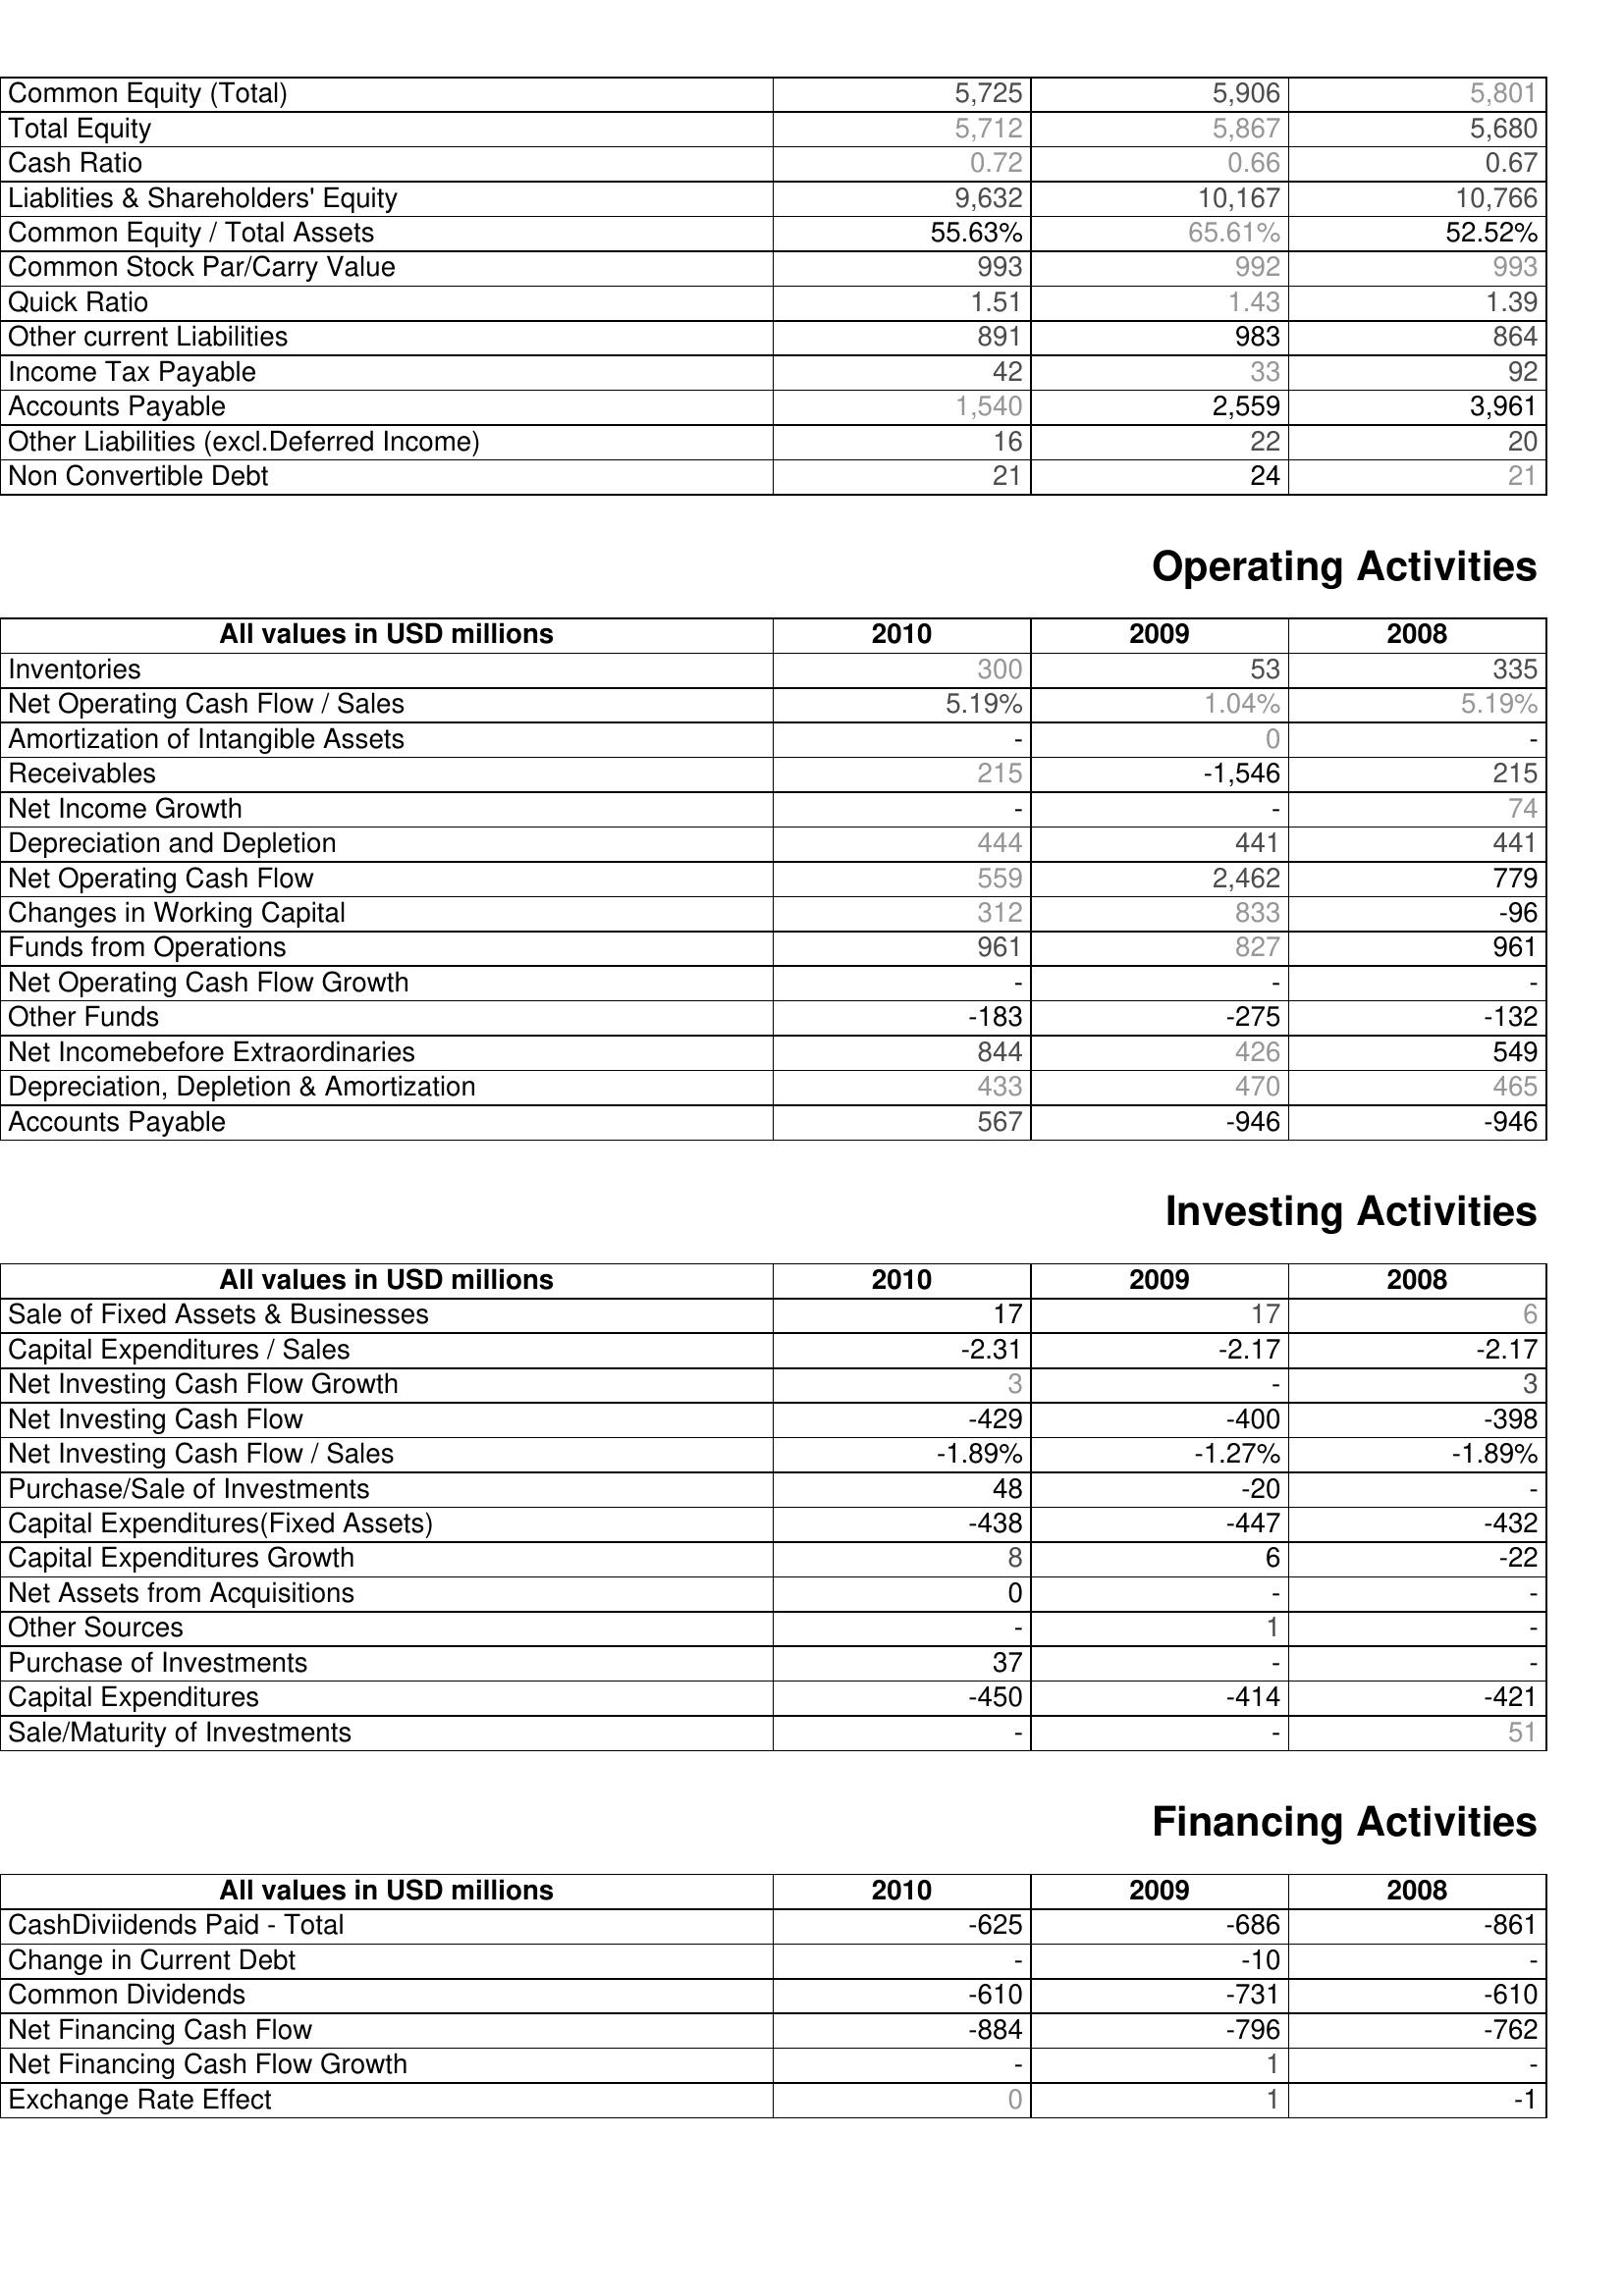
2010: Liabilities & Shareholder's Equity: Common Equity (Total): 5,725
Total Equity: 5,712
Cash Ratio: 0.72
Liablities & Shareholders' Equity: 9,632
Common Equity / Total Assets: 55.63%
Common Stock Par/Carry Value: 993
Quick Ratio: 1.51
Other current Liabilities: 891
Income Tax Payable: 42
Accounts Payable: 1,540
Other Liabilities (excl.Deferred Income): 16
Non Convertible Debt: 21
Operating Activities: Inventories: 300
Net Operating Cash Flow / Sales: 5.19%
Amortization of Intangible Assets: -
Receivables: 215
Net Income Growth: -
Depreciation and Depletion: 444
Net Operating Cash Flow: 559
Changes in Working Capital: 312
Funds from Operations: 961
Net Operating Cash Flow Growth: -
Other Funds: -183
Net Incomebefore Extraordinaries: 844
Depreciation, Depletion & Amortization: 433
Accounts Payable: 567
Investing Activities: Sale of Fixed Assets & Businesses: 17
Capital Expenditures / Sales: -2.31
Net Investing Cash Flow Growth: 3
Net Investing Cash Flow: -429
Net Investing Cash Flow / Sales: -1.89%
Purchase/Sale of Investments: 48
Capital Expenditures(Fixed Assets): -438
Capital Expenditures Growth: 8
Net Assets from Acquisitions: 0
Other Sources: -
Purchase of Investments: 37
Capital Expenditures: -450
Sale/Maturity of Investments: -
Financing Activities: CashDiviidends Paid - Total: -625
Change in Current Debt: -
Common Dividends: -610
Net Financing Cash Flow: -884
Net Financing Cash Flow Growth: -
Exchange Rate Effect: 0
2009: Liabilities & Shareholder's Equity: Common Equity (Total): 5,906
Total Equity: 5,867
Cash Ratio: 0.66
Liablities & Shareholders' Equity: 10,167
Common Equity / Total Assets: 65.61%
Common Stock Par/Carry Value: 992
Quick Ratio: 1.43
Other current Liabilities: 983
Income Tax Payable: 33
Accounts Payable: 2,559
Other Liabilities (excl.Deferred Income): 22
Non Convertible Debt: 24
Operating Activities: Inventories: 53
Net Operating Cash Flow / Sales: 1.04%
Amortization of Intangible Assets: 0
Receivables: -1,546
Net Income Growth: -
Depreciation and Depletion: 441
Net Operating Cash Flow: 2,462
Changes in Working Capital: 833
Funds from Operations: 827
Net Operating Cash Flow Growth: -
Other Funds: -275
Net Incomebefore Extraordinaries: 426
Depreciation, Depletion & Amortization: 470
Accounts Payable: -946
Investing Activities: Sale of Fixed Assets & Businesses: 17
Capital Expenditures / Sales: -2.17
Net Investing Cash Flow Growth: -
Net Investing Cash Flow: -400
Net Investing Cash Flow / Sales: -1.27%
Purchase/Sale of Investments: -20
Capital Expenditures(Fixed Assets): -447
Capital Expenditures Growth: 6
Net Assets from Acquisitions: -
Other Sources: 1
Purchase of Investments: -
Capital Expenditures: -414
Sale/Maturity of Investments: -
Financing Activities: CashDiviidends Paid - Total: -686
Change in Current Debt: -10
Common Dividends: -731
Net Financing Cash Flow: -796
Net Financing Cash Flow Growth: 1
Exchange Rate Effect: 1
2008: Liabilities & Shareholder's Equity: Common Equity (Total): 5,801
Total Equity: 5,680
Cash Ratio: 0.67
Liablities & Shareholders' Equity: 10,766
Common Equity / Total Assets: 52.52%
Common Stock Par/Carry Value: 993
Quick Ratio: 1.39
Other current Liabilities: 864
Income Tax Payable: 92
Accounts Payable: 3,961
Other Liabilities (excl.Deferred Income): 20
Non Convertible Debt: 21
Operating Activities: Inventories: 335
Net Operating Cash Flow / Sales: 5.19%
Amortization of Intangible Assets: -
Receivables: 215
Net Income Growth: 74
Depreciation and Depletion: 441
Net Operating Cash Flow: 779
Changes in Working Capital: -96
Funds from Operations: 961
Net Operating Cash Flow Growth: -
Other Funds: -132
Net Incomebefore Extraordinaries: 549
Depreciation, Depletion & Amortization: 465
Accounts Payable: -946
Investing Activities: Sale of Fixed Assets & Businesses: 6
Capital Expenditures / Sales: -2.17
Net Investing Cash Flow Growth: 3
Net Investing Cash Flow: -398
Net Investing Cash Flow / Sales: -1.89%
Purchase/Sale of Investments: -
Capital Expenditures(Fixed Assets): -432
Capital Expenditures Growth: -22
Net Assets from Acquisitions: -
Other Sources: -
Purchase of Investments: -
Capital Expenditures: -421
Sale/Maturity of Investments: 51
Financing Activities: CashDiviidends Paid - Total: -861
Change in Current Debt: -
Common Dividends: -610
Net Financing Cash Flow: -762
Net Financing Cash Flow Growth: -
Exchange Rate Effect: -1